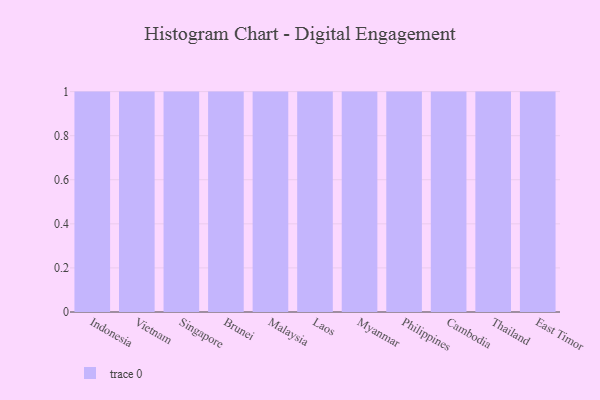
{"axis": {"x": "Country", "y": "Gross Profit (USD K)"}, "legend": [""], "data": [{"x": "Indonesia", "y": 36, "type": ""}, {"x": "Vietnam", "y": 36, "type": ""}, {"x": "Singapore", "y": 12, "type": ""}, {"x": "Brunei", "y": 50, "type": ""}, {"x": "Malaysia", "y": 22, "type": ""}, {"x": "Laos", "y": 65, "type": ""}, {"x": "Myanmar", "y": 37, "type": ""}, {"x": "Philippines", "y": 26, "type": ""}, {"x": "Cambodia", "y": 5, "type": ""}, {"x": "Thailand", "y": 24, "type": ""}, {"x": "East Timor", "y": 54, "type": ""}]}